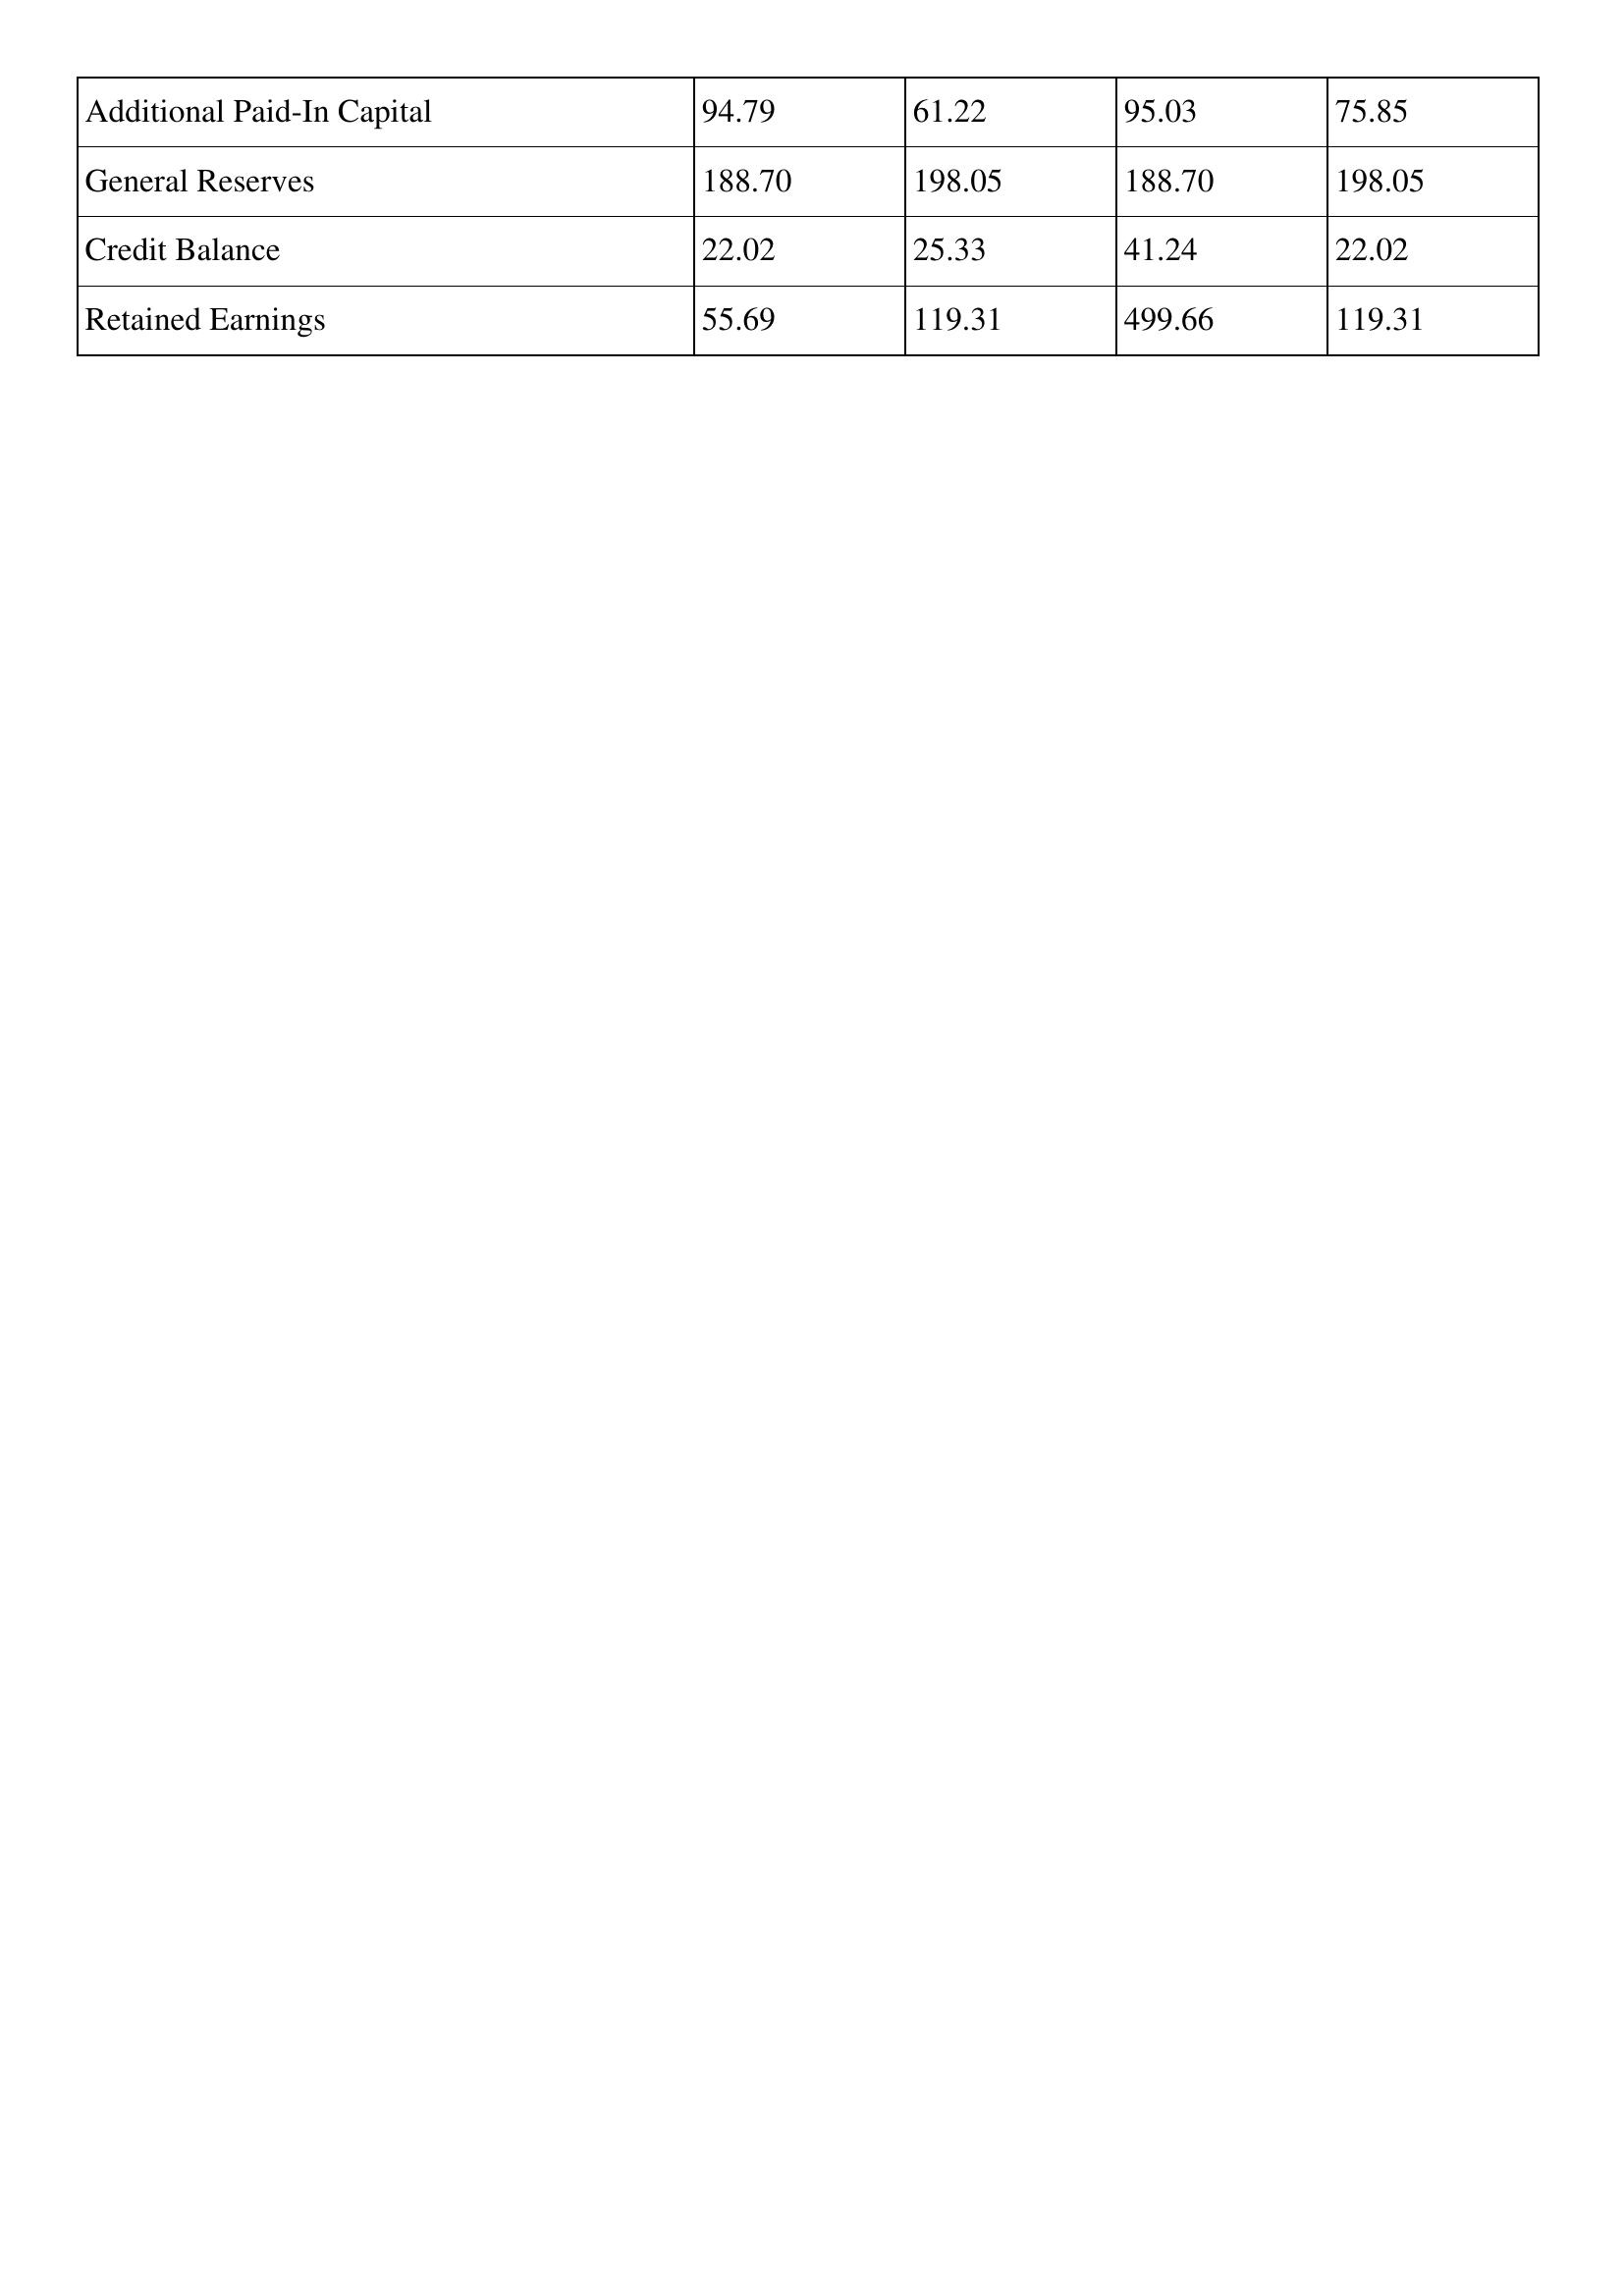
gt_parse: 2002: Additional Paid-In Capital: 94.79
General Reserves: 188.70
Credit Balance: 22.02
Retained Earnings: 55.69
2001: Additional Paid-In Capital: 61.22
General Reserves: 198.05
Credit Balance: 25.33
Retained Earnings: 119.31
2000: Additional Paid-In Capital: 95.03
General Reserves: 188.70
Credit Balance: 41.24
Retained Earnings: 499.66
1999: Additional Paid-In Capital: 75.85
General Reserves: 198.05
Credit Balance: 22.02
Retained Earnings: 119.31